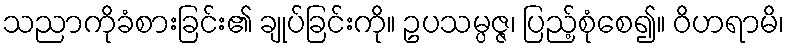
သညာကိုခံစားခြင်း၏ ချုပ်ခြင်းကို။ ဥပသမ္ပဇ္ဇ၊ ပြည့်စုံစေ၍။ ဝိဟရာမိ၊